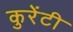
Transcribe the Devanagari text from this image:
कुरेंटी